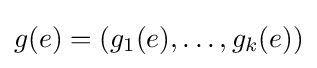
g(e)=(g_{1}(e),\ldots ,g_{k}(e))